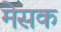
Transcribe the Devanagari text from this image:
मेसक